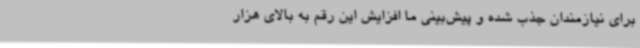
برای نیازمندان جذب شده و پیش‌بینی ما افزایش این رقم به بالای هزار